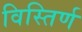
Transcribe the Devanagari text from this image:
विस्तिर्ण